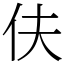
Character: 伕